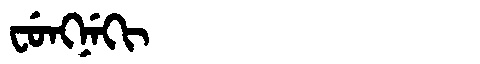
Manchu: ᠸᡠᠩᠨᡝᡴᡳ
Romanization: FUNGNEKI